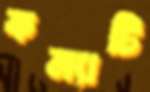
কন্যাটি